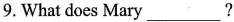
9.What does Mary ___?